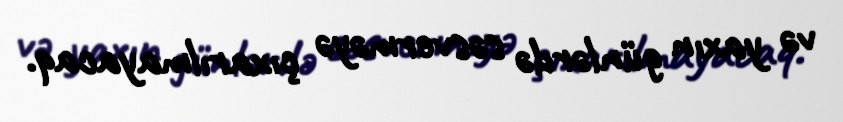
və yaxın günlərdə səsverməyə çıxarılmayacaq.